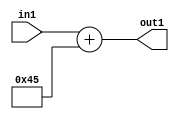
`timescale 1ps / 1ps
/*****************************************************************************
    Verilog RTL Description
    
    
    Created by: Stratus DpOpt 2019.1.01 
*******************************************************************************/

module DC_Filter_Add_12U_183_4 (
	in1,
	out1
	); /* architecture "behavioural" */ 
input [11:0] in1;
output [11:0] out1;
wire [11:0] asc001;

assign asc001 = 
	+(in1)
	+(12'B000001000101);

assign out1 = asc001;
endmodule

/* CADENCE  urnyTQ0= : u9/ySgnWtBlWxVPRXgAZ4Og= ** DO NOT EDIT THIS LINE ******/